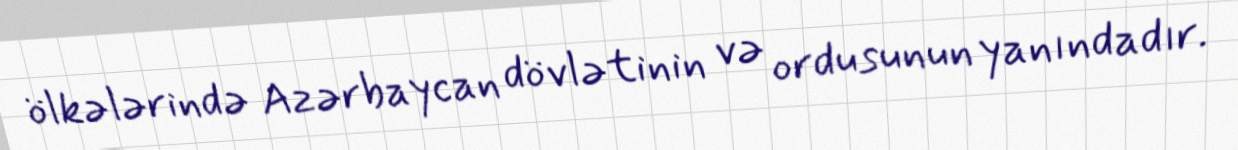
ölkələrində Azərbaycan dövlətinin və ordusunun yanındadır.